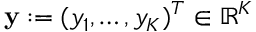
\mathbf { y } : = ( y _ { 1 } , \dots , y _ { K } ) ^ { T } \in \mathbb { R } ^ { K }